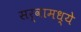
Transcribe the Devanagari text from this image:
सर्वामध्ये